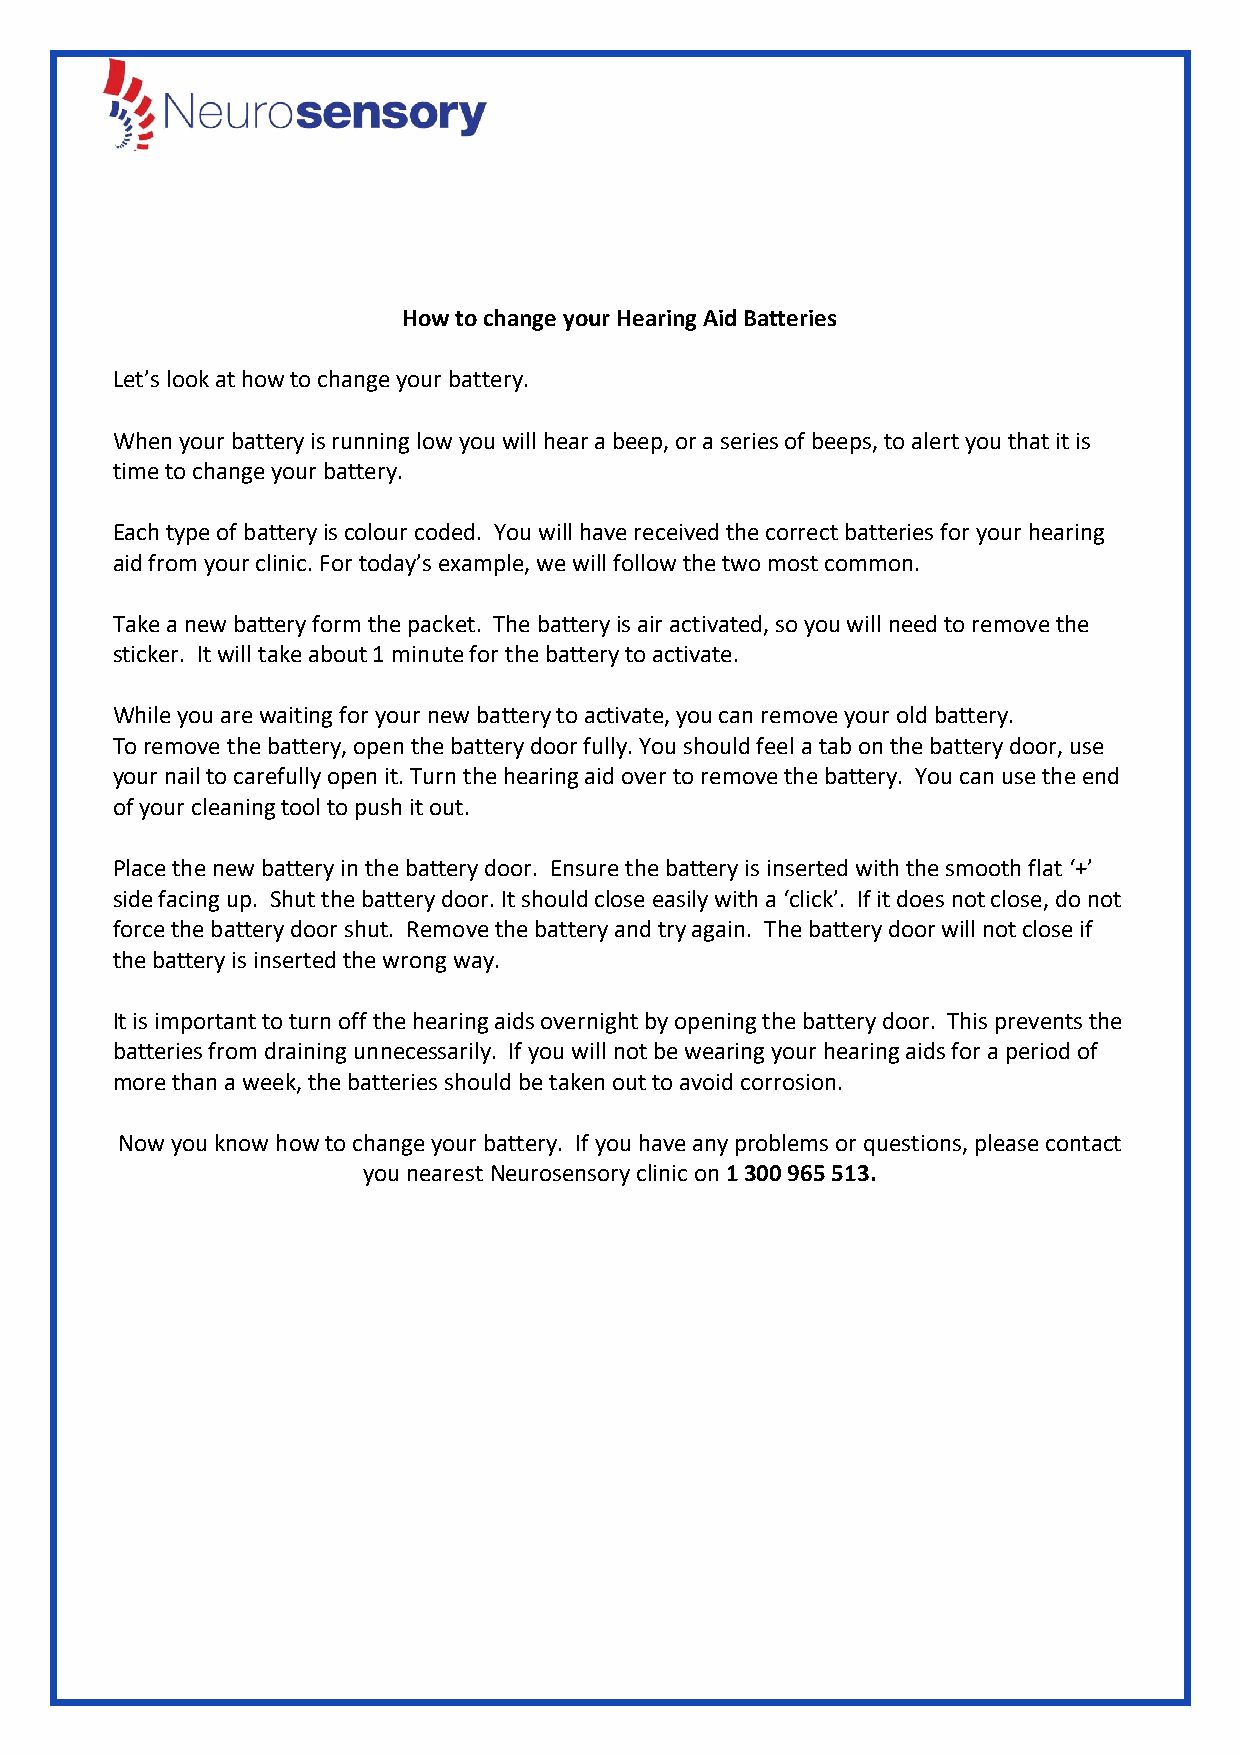
How to change your Hearing Aid Batteries
 Let’s look at how to change your battery.
 When your battery is running low you will hear a beep, or a series of beeps, to alert you that it is
 time to change your battery.
 Each type of battery is colour coded. You will have received the correct batteries for your hearing
 aid from your clinic. For today’s example, we will follow the two most common.
 Take a new battery form the packet. The battery is air activated, so you will need to remove the
 sticker. It will take about 1 minute for the battery to activate.
 While you are waiting for your new battery to activate, you can remove your old battery.
 To remove the battery, open the battery door fully. You should feel a tab on the battery door, use
 your nail to carefully open it. Turn the hearing aid over to remove the battery. You can use the end
 of your cleaning tool to push it out.
 Place the new battery in the battery door. Ensure the battery is inserted with the smooth flat ‘+’
 side facing up. Shut the battery door. It should close easily with a ‘click’. If it does not close, do not
 force the battery door shut. Remove the battery and try again. The battery door will not close if
 the battery is inserted the wrong way.
 It is important to turn off the hearing aids overnight by opening the battery door. This prevents the
 batteries from draining unnecessarily. If you will not be wearing your hearing aids for a period of
 more than a week, the batteries should be taken out to avoid corrosion.
 Now you know how to change your battery. If you have any problems or questions, please contact
 you nearest Neurosensory clinic on 1 300 965 513.